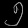
Digit: ၅